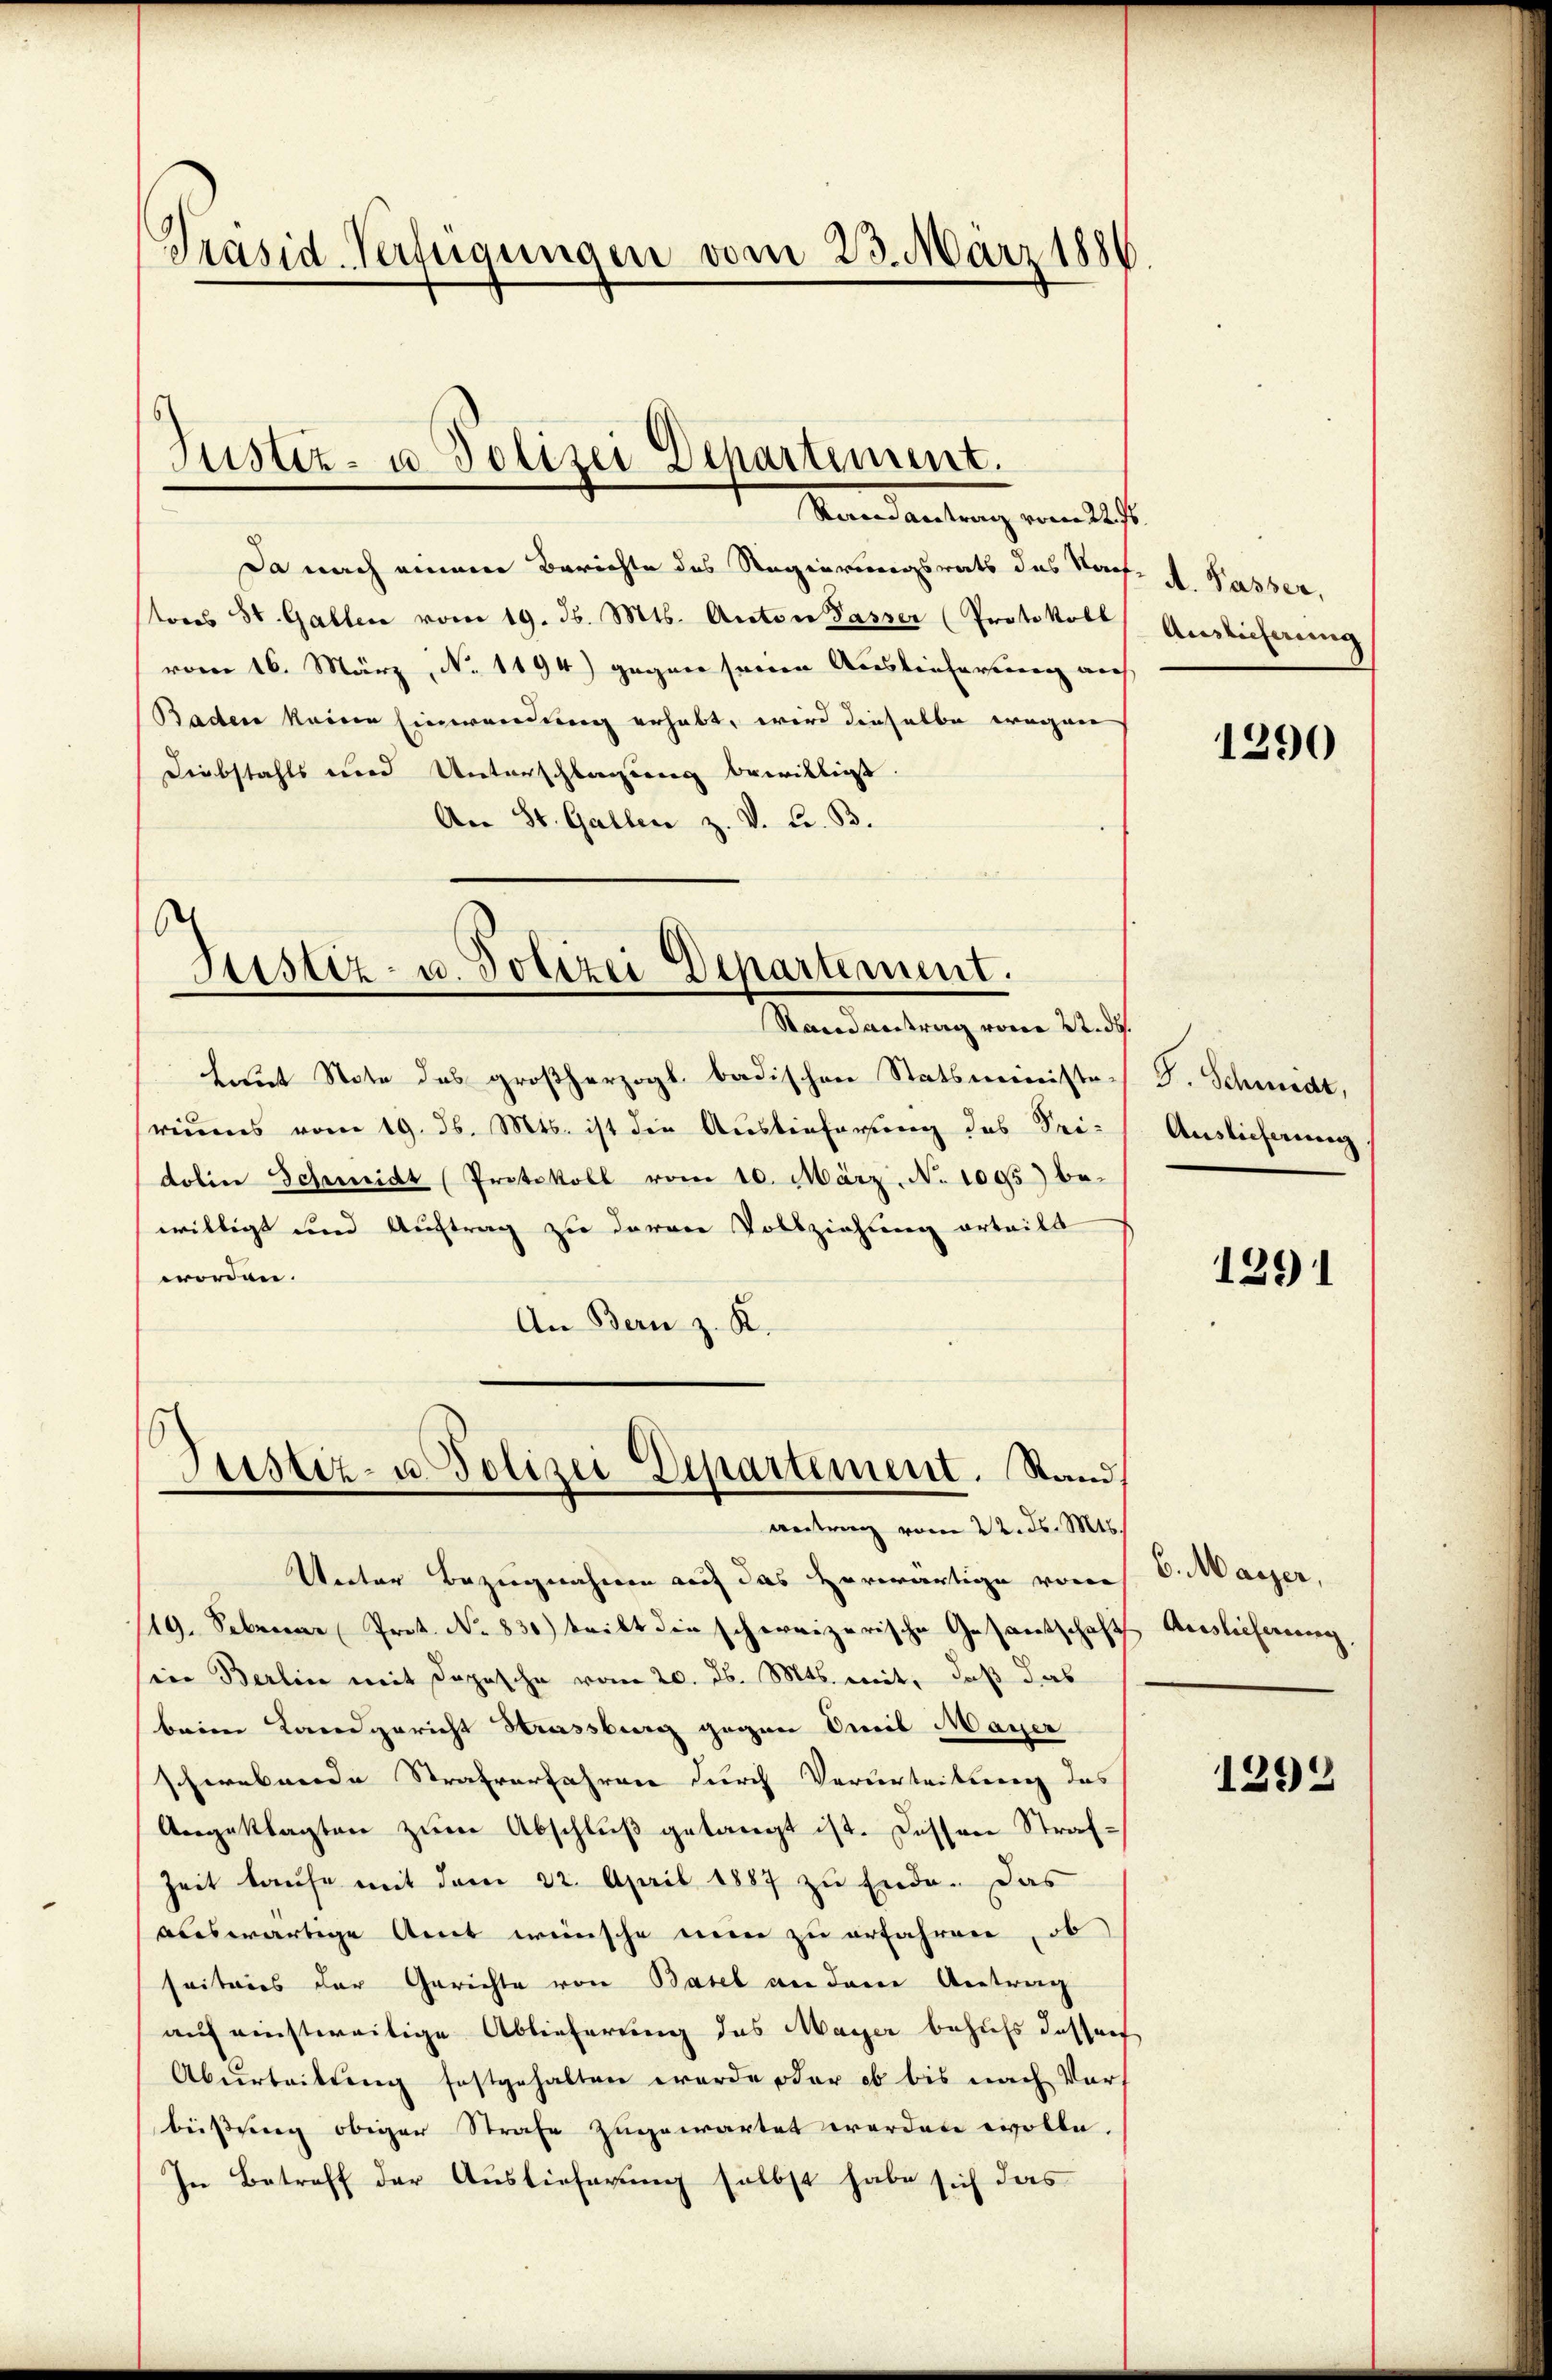
Präsid-Verfügungen vom 23. März 1886

Mandantung vom 20ste
Da nach einem Berichte des Regierungsrats das Nach- A. Passer,
tores St. Gallen vom 19. d. Mts. Anton Passer (Protokoll
vom 16. März, No. 1194) gegen seinen Auslieferung auf
Baden keine Einwendung erhabt, wird dieselbe wegen
Diebstahls und Unterschlagung bewilligt.
An St. Gallen z. v. Fr. B.

Justiz- u. Polizei Departement.

Justiz- u. Polizei Departement.

Justiz- u. Polizei Departement. Stand,

Randantrag vom 22. ds.
hreut Note des großherzogl. badischen Statsminister J. Schmidt,
reines vom 19. d. Mts. ist die Auslieferung des Pri- Auslieferung
dobier Schmidt (Protokoll vom 10. März. No 1095) be-
willigt und Auftrag zu deren Vollziehung erteilt
worden.
An Bern z. K.

antrag vom 22. ds. Mts.

Auslieferung

Verter Bezugnahmen auf das vorwärtige vom
19. Februar Pret. No 830) teilt die schweizerische Gesantschaft Auslieferung,
in Berlin mit Dopische vom 20. ds. Mts. mit, daß das
brigen Landgericht Strassburg gegen Teil Mayer
schwebende Strafverfahren durch Verurteilung das
Angeklagten zum Abschluß gelangt ist. Dessen Straf¬
Zeit laufe mit dem 22. April 1887 zu Ende. Das
auswärtige Amt wünsche nun zu erfahren, ob
seiteres der Gerichte von Basel an dem Antrag
auf einstweilige Ablieferung das Mayer behufs dessers
Aburteilŭng festgehalten werde oder ob bis nach Vor-
beissung obiger Strafe zugewartet werden wolle.
In Betreff der Auslieferung selbst habe sich das

1290

1291

6. Maÿer,

1292